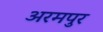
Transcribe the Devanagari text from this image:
अरमपुर